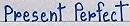
Present Perfect